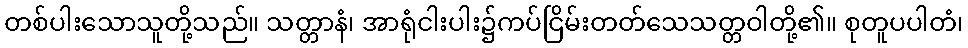
တစ်ပါးသောသူတို့သည်။ သတ္တာနံ၊ အာရုံငါးပါး၌ကပ်ငြိမ်းတတ်သေသတ္တဝါတို့၏။ စုတူပပါတံ၊